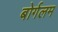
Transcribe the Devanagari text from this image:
बोर्गलम